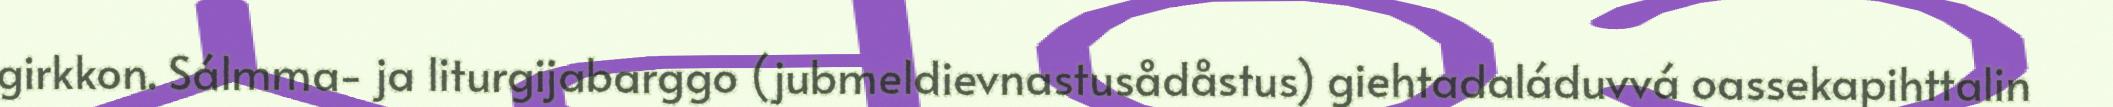
girkkon. Sálmma- ja liturgijabarggo (jubmeldievnastusådåstus) giehtadaláduvvá oassekapihttalin